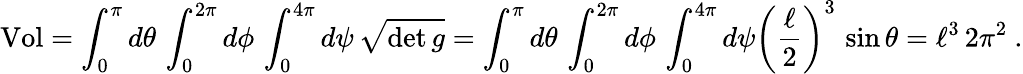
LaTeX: \mathrm{Vol}=\int_{0}^{\pi}d\theta\, \int_{0}^{2\pi}d\phi\, \int_{0}^{4\pi}d\psi\, \sqrt{\operatorname*{det}g}=\int_{0}^{\pi}d\theta\, \int_{0}^{2\pi}d\phi\, \int_{0}^{4\pi}d\psi\left({\frac{\ell}{2}}\right)^{3}\, \sin\theta=\ell^{3}\, 2\pi^{2}\ .